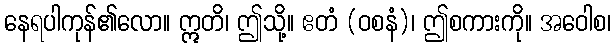
နေရပါကုန်၏လော။ ဣတိ၊ ဤသို့။ ဧတံ (ဝစနံ)၊ ဤစကားကို။ အဝေါစ၊